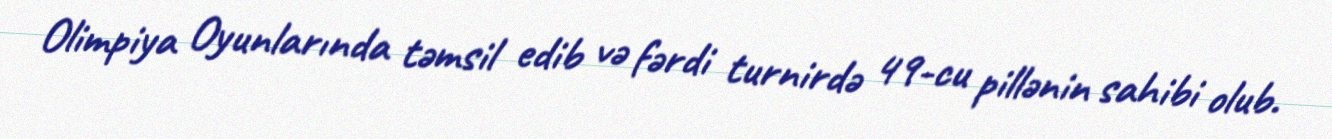
Olimpiya Oyunlarında təmsil edib və fərdi turnirdə 49-cu pillənin sahibi olub.